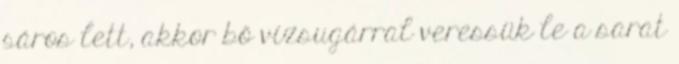
sáros lett, akkor bő vízsugárral veressük le a sarat